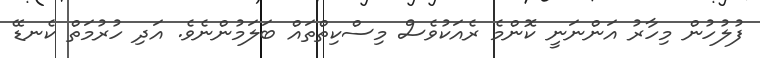
ފުލުހުން މިހާރު އަންނަނީ ކޮންމެ ރެއަކުވެސް މިސްކިތްތައް ބަލަމުންނެވެ. އަދި ހުރުމަތް ކެނޑޭ